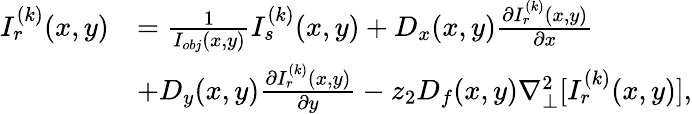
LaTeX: \begin{array}{rl}{I_{r}^{(k)}(x,y)}&{=\frac{1}{I_{obj}(x,y)}I_{s}^{(k)}(x,y)+D_{x}(x,y)\frac{\partial I_{r}^{(k)}(x,y)}{\partial x}}\\ &{+D_{y}(x,y)\frac{\partial I_{r}^{(k)}(x,y)}{\partial y}-z_{2}D_{f}(x,y)\nabla_{\perp}^{2}[I_{r}^{(k)}(x,y)],}\end{array}